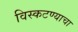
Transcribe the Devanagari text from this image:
विस्कटण्याचा